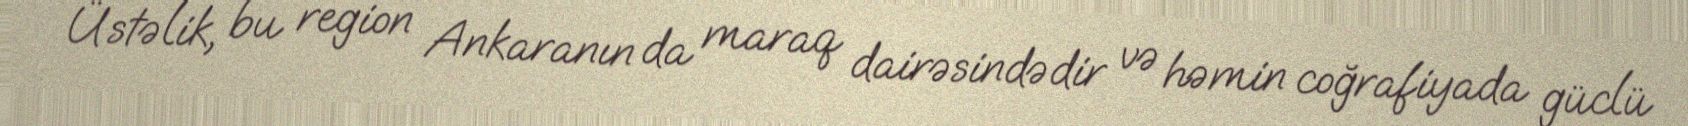
Üstəlik, bu region Ankaranın da maraq dairəsindədir və həmin coğrafiyada güclü